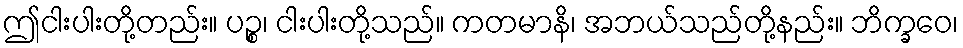
ဤငါးပါးတို့တည်း။ ပဉ္စ၊ ငါးပါးတို့သည်။ ကတမာနိ၊ အဘယ်သည်တို့နည်း။ ဘိက္ခဝေ၊